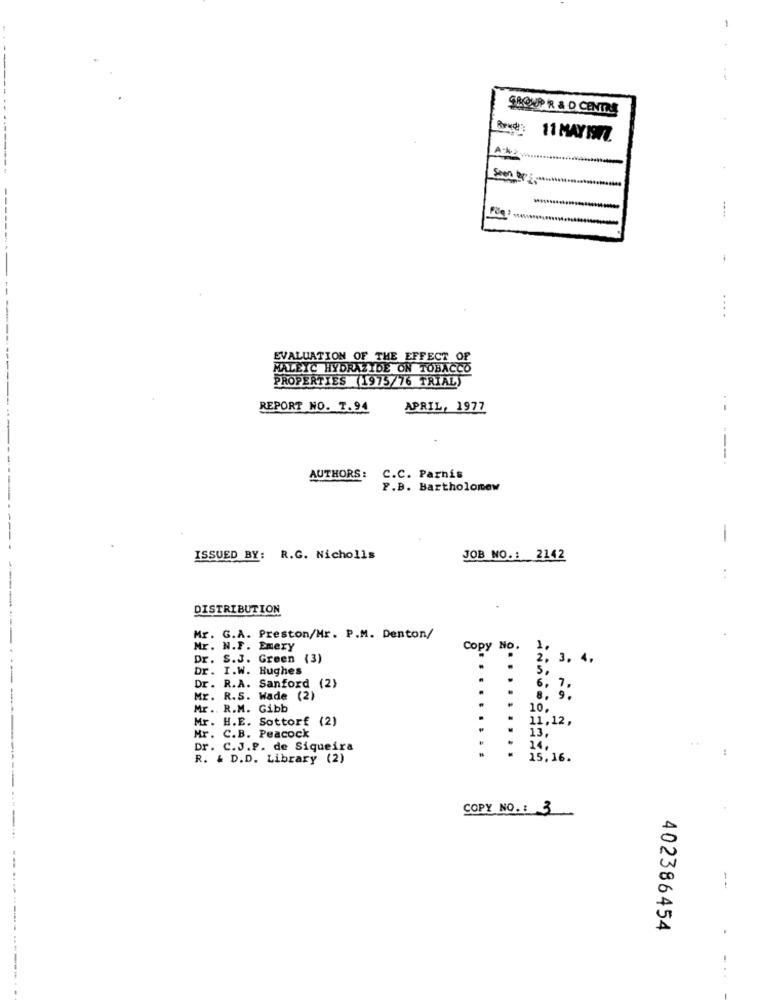
-
SHOWUPP R & D CENTRE
11 MAYISTO.
Seen by
---
....
EVALUATION OF THE EFFECT OF
MALEIC HYDRAZIDE ON TOBACCO
PROPERTIES (1975/76 TRIAL)
REPORT NO. 7.94
APRIL, 1977
--
AUTHORS:
C.C. Parnis
P.B. Bartholomew
-
ISSUED BY: R.G. Nicholls
JOB NO .: 2142
DISTRIBUTION
Mr. G.A. Preston/Mr. P.M. Denton/
Mr. N.F. Emery
Copy No.
1.
Dr. S.J. Green (3)
2. 3. 4.
Dr. I.W. Hughes
5,
Dr. R.A. Sanford (2)
6. 7.
Mr. R.S. Wade (2)
8. 9 .
Mr .. R.M. Gibb
10.
Mr. H.E. Sottorf (2)
11,12,
Mr. C.B. Peacock
13
Dr. C.J.P. de Siqueira
. .
14,
:
R. & D.D. Library (2)
15,16.
COPY NO .: 3
--
402386454
-------